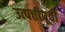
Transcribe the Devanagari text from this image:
उत्पत्तीपूर्वी